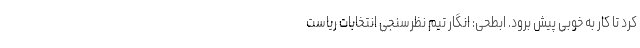
کرد تا کار به خوبی پیش برود. ابطحی: انگار تیم نظرسنجی انتخابات ریاست